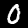
Label: 0